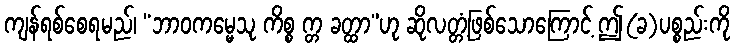
ကျန်ရစ်စေရမည်၊ “ဘာဝကမ္မေသု ကိစ္စ က္တ ခတ္ထာ”ဟု ဆိုလတ္တံ့ဖြစ်သောကြောင့် ဤ(ခ)ပစ္စည်းကို